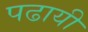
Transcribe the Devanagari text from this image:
पढायी